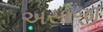
અસાજી